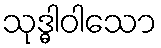
သုဒ္ဓါဝါသော